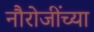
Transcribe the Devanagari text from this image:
नौरोजींच्या